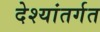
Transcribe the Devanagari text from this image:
देश्यांतर्गत